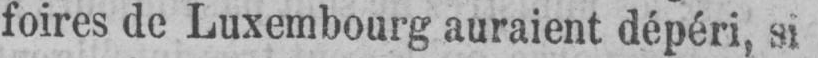
foires de Luxembourg auraient dépéri, si